Civil Veterinary Dept. Bombay admin report 1907-1913 - 1907-1913
Year: 1907
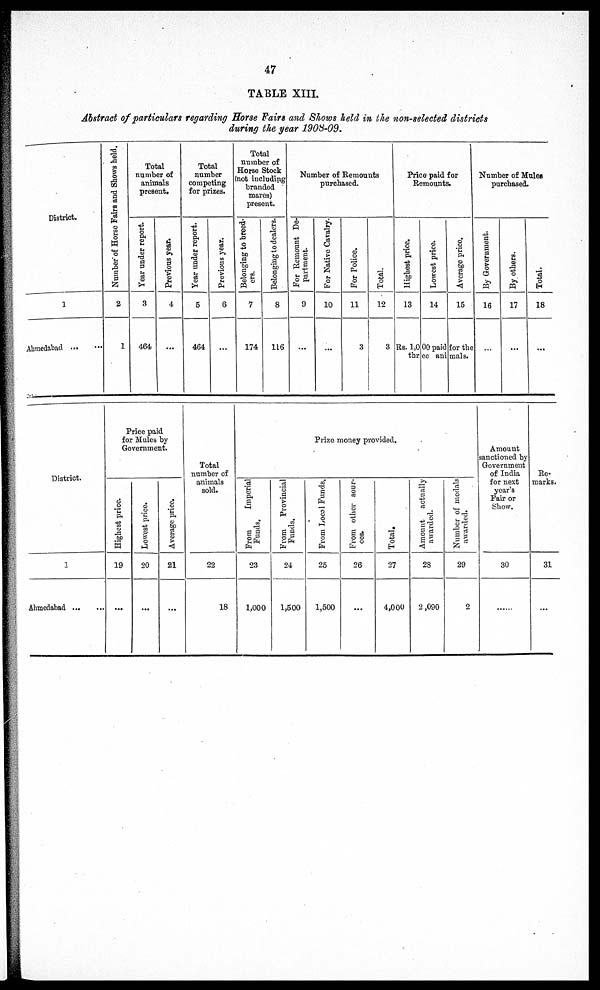
47
TABLE XIII.
Abstract of particulars regarding Horse Fairs and Shows held in the non-selected districts
during the year 1903-09.
District.
1
Ahmedabad ... ...
Number of Horse Fairs and Shows held.
2
1
Total
number of
animals
present.
Year under report.
3
464
Previous year.
4
...
Total
number
competing
for prizes.
Year under report.
5
464
Previous year.
6
...
Total
number of
Horse Stock
(not including
branded
mares)
present.
Belonging to breed-
ers.
7
174
Belonging to dealers.
8
116
Number of Remounts
purchased.
For Remount De-
partment.
9
...
For Native Cavalry.
10
...
For Police.
11
3
Total.
12
3
Price paid for
Remounts.
Highest price.
13
Lowest price.
14
Average price.
15
Rs. 1,000 paid for the
three animals.
Number of Mules
purchased.
By Government.
16
...
By others.
17
...
Total.
18
...
District.
1
Ahmedabad
...
...
Price paid
for Mules by
Government.
Highest price.
19
...
Lowest price.
20
...
Average price.
21
...
Total
number of
animals
sold.
22
18
From
Imperial
Funds.
23
1,000
From
Provincial
Funds.
24
1,500
Prize money provided.
From Local Funds.
25
1,500
From other sour-
ces.
26
...
Total.
27
4,000
Amount actually
awarded.
28
2,090
Number of medals
awarded.
29
2
Amount
sanctioned by
Government
of India
for next
year's
Fair or
Show.
30
......
Re-
marks.
31
...